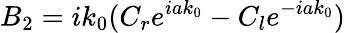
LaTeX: B_{2}=ik_{0}(C_{r}e^{iak_{0}}-C_{l}e^{-iak_{0}})